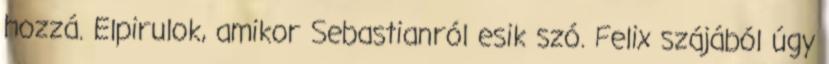
hozzá. Elpirulok, amikor Sebastianról esik szó. Felix szájából úgy